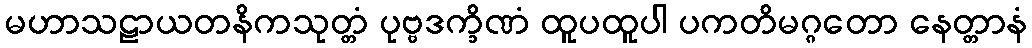
မဟာသဠာယတနိကသုတ္တံ ပုဗ္ဗဒက္ခိဏံ ထူပထူပါ ပကတိမဂ္ဂတော နေတ္တာနံ